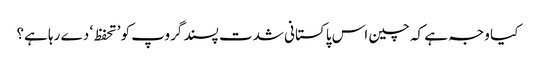
کیا وجہ ہے کہ چین اس پاکستانی شدت پسند گروپ کو ’تحفظ‘ دے رہا ہے؟